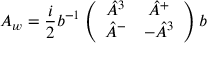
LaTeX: A _ { w } = { \frac { i } { 2 } } b ^ { - 1 } \left( \begin{array} { c c } { { \hat { A } ^ { 3 } } } & { { \hat { A } ^ { + } } } \\ { { \hat { A } ^ { - } } } & { { - \hat { A } ^ { 3 } } } \end{array} \right) b